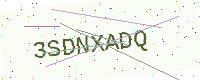
Text: 3SDNXADQ